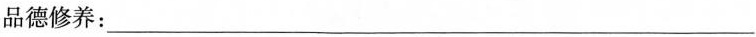
品德修养：___